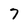
Character: 7